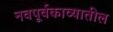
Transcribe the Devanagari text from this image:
नवपूर्वकाव्यातील